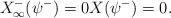
LaTeX: \begin{align*}X^-_\infty(\psi^-) = 0 X(\psi^-) = 0. \end{align*}